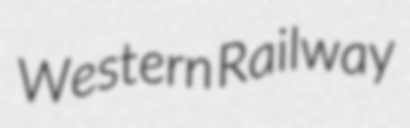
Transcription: Western Railway